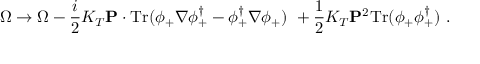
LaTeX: \Omega \to \Omega - \frac i 2 K _ { T } { \bf P } \cdot \mathrm { T r } ( \phi _ { + } \nabla \phi _ { + } ^ { \dagger } - \phi _ { + } ^ { \dagger } \nabla \phi _ { + } ) \ + \frac 1 2 K _ { T } { \bf P } ^ { 2 } \mathrm { T r } ( \phi _ { + } \phi _ { + } ^ { \dagger } ) \ .